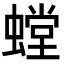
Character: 螳